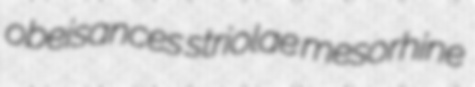
obeisances striolae mesorhine